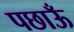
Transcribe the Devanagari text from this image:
पछाऊँ